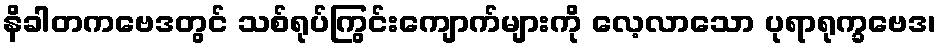
နိခါတကဗေဒတွင် သစ်ရုပ်ကြွင်းကျောက်များကို လေ့လာသော ပုရာရုက္ခဗေဒ၊